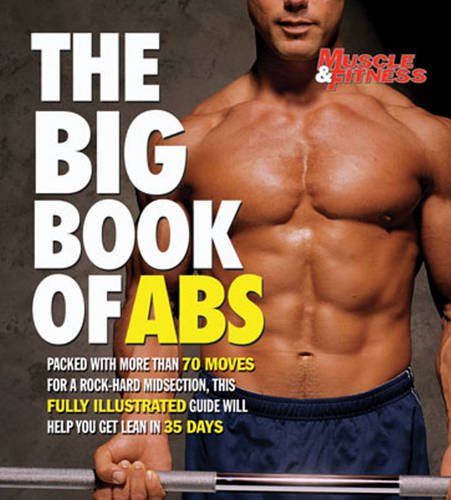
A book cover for The Big Book of Abs; Health, Fitness & Dieting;